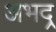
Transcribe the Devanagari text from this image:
अभद्र्